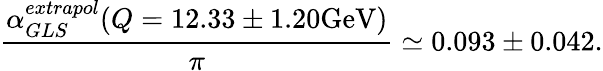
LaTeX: \frac{\alpha_{GLS}^{extrapol}(Q=12.33\pm 1.20\mathrm{GeV})}{\pi}\simeq 0.093\pm 0.042.